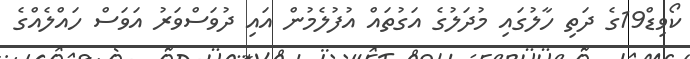
ކޯވިޑް19ގެ ދަތި ހާލުގައި މުދަލުގެ އަގުތައް އުފުލެމުން އައި ދުވަސްވަރު އަވަސް ހައްލެއްގެ